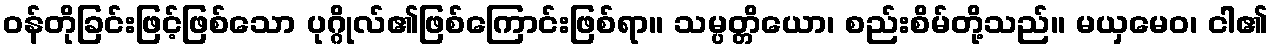
ဝန်တိုခြင်းဖြင့်ဖြစ်သော ပုဂ္ဂိုလ်၏ဖြစ်ကြောင်းဖြစ်ရာ။ သမ္ပတ္တိယော၊ စည်းစိမ်တို့သည်။ မယှမေဝ၊ ငါ၏